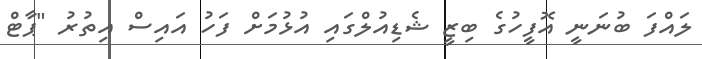
ލައްފަ ބުނަނީ އޮފީހުގެ ބިޒީ ޝެޑިއުލްގައި އުޅުމަށް ފަހު އައިސް އިތުރު "ޕާޓް